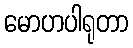
မောဟပါရုတာ